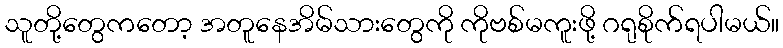
သူတို့တွေကတော့ အတူနေအိမ်သားတွေကို ကိုဗစ်မကူးဖို့ ဂရုစိုက်ရပါမယ်။